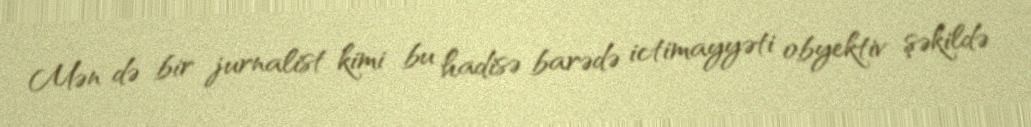
Mən də bir jurnalist kimi bu hadisə barədə ictimayyəti obyektiv şəkildə